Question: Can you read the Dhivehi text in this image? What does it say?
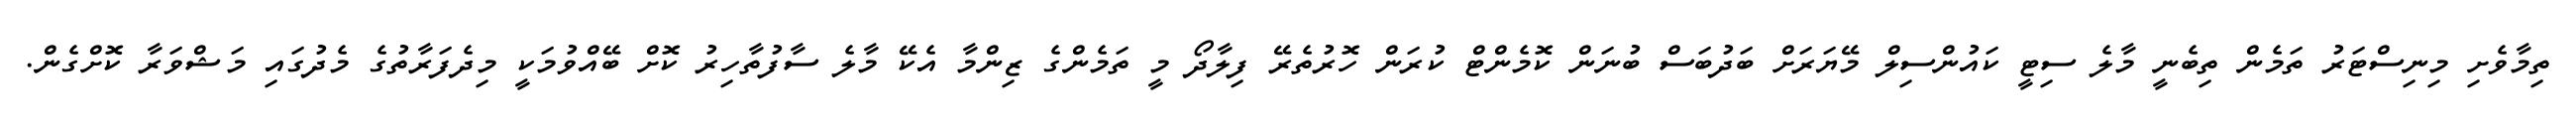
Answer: ތިމާވެށި މިނިސްޓަރު ތަމެން ތިބެނީ މާލެ ސިޓީ ކައުންސިލް މޭޔަރަށް ބަދުބަސް ބުނަން ކޮމެންޓް ކުރަން ހޮރުތެރޭ ފިލާދޯ މީ ތަމެންގެ ޒިންމާ އެކޭ މާލެ ސާފުތާހިރު ކޮށް ބޭއްވުމަކީ މިދެފަރާތުގެ މެދުގައި މަޝްވަރާ ކޮށްގެން.